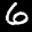
Label: 6